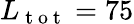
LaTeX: L_{\mathrm{~t~o~t~}}=75